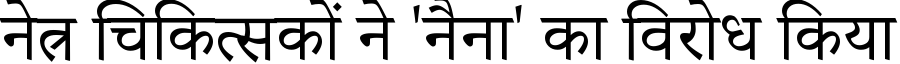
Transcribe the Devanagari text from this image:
नेत्र चिकित्सकों ने 'नैना' का विरोध किया